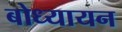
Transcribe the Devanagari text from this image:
बोध्यायन